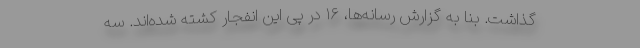
گذاشت. بنا به گزارش رسانه‌ها، ۱۶ در پی این انفجار کشته شده‌اند. سه